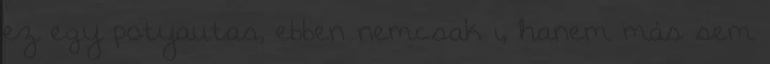
ez egy potyautas, ebben nemcsak ı, hanem más sem